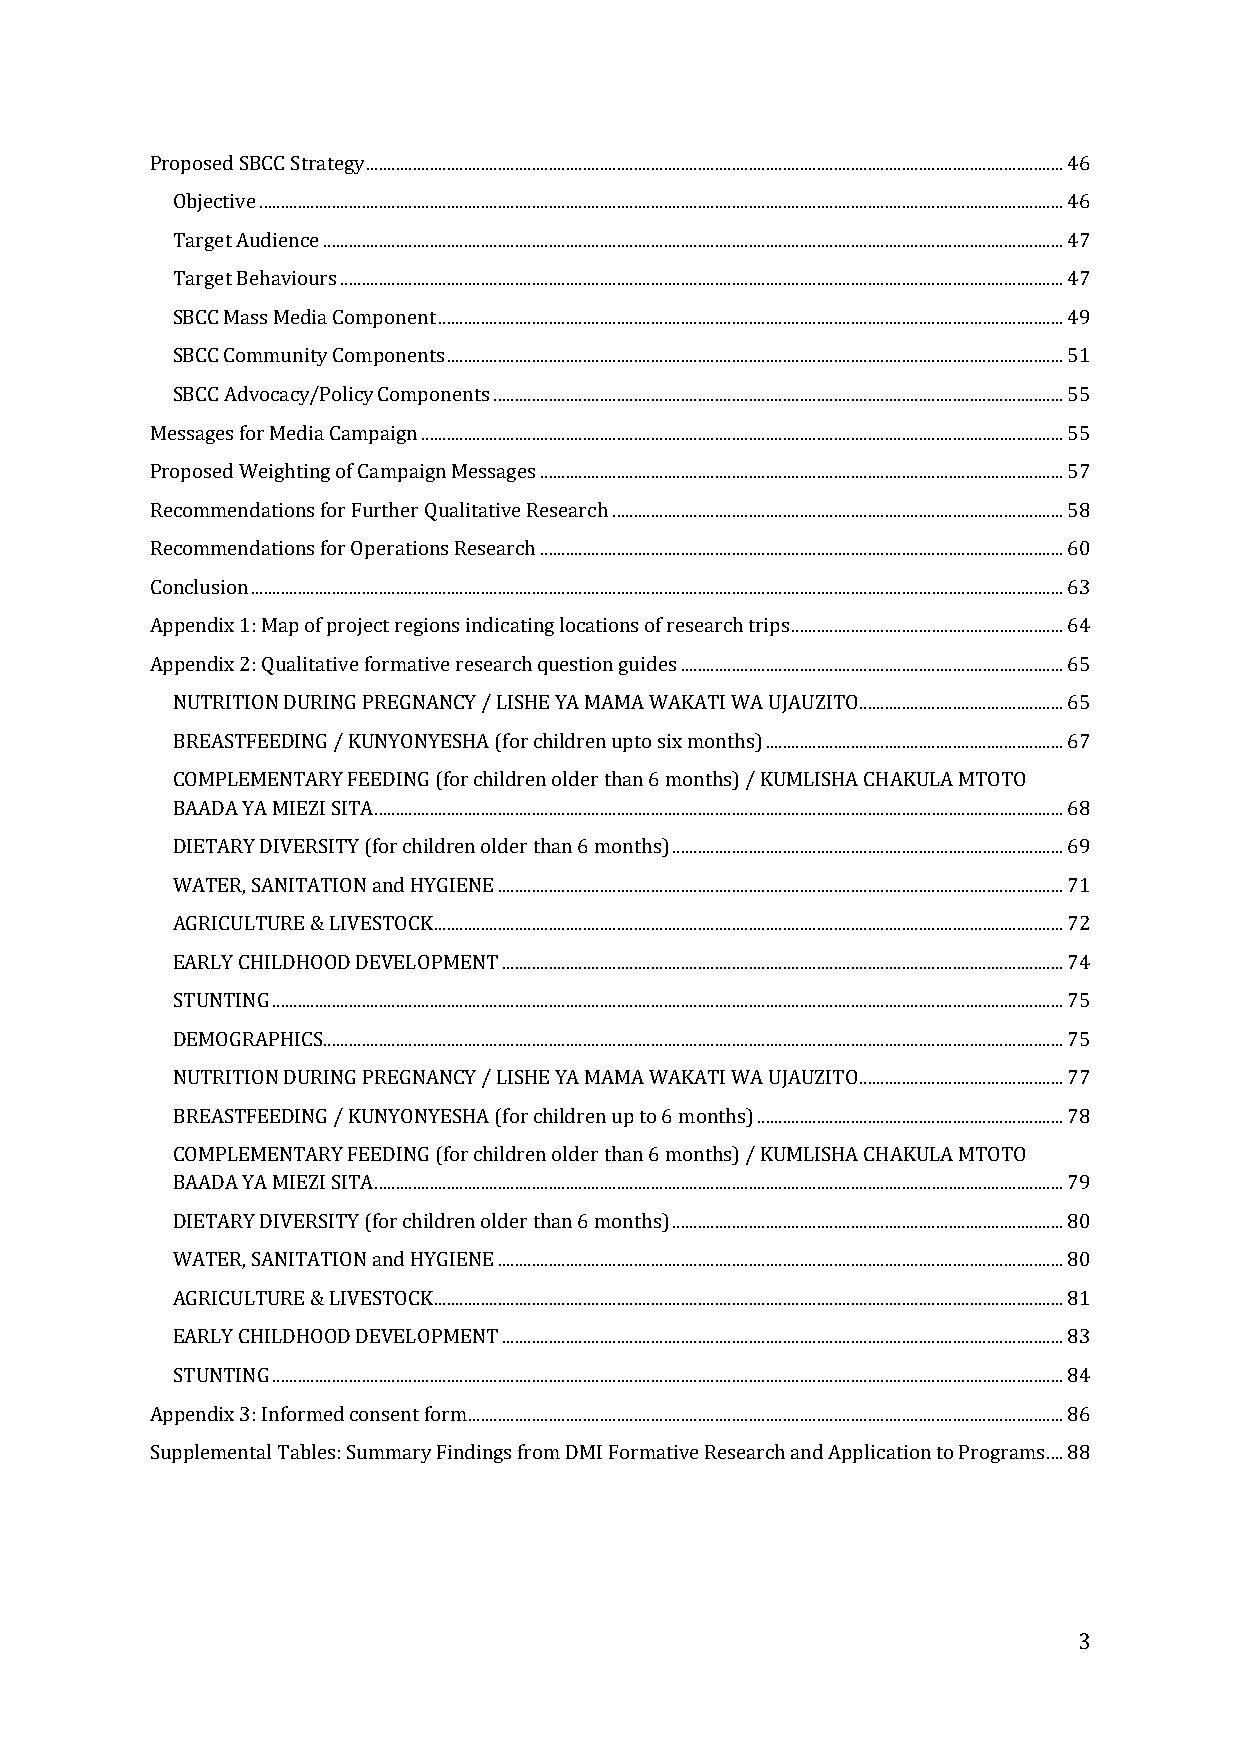
Proposed SBCC Strategy .................................................................................................................................................................... 46
 Objective ............................................................................................................................................................................................. 46
 Target Audience .............................................................................................................................................................................. 47
 Target Behaviours .......................................................................................................................................................................... 47
 SBCC Mass Media Component ................................................................................................................................................... 49
 SBCC Community Components ................................................................................................................................................. 51
 SBCC Advocacy/Policy Components ...................................................................................................................................... 55
 Messages for Media Campaign ....................................................................................................................................................... 55
 Proposed Weighting of Campaign Messages ........................................................................................................................... 57
 Recommendations for Further Qualitative Research .......................................................................................................... 58
 Recommendations for Operations Research ........................................................................................................................... 60
 Conclusion ............................................................................................................................................................................................... 63
 Appendix 1: Map of project regions indicating locations of research trips ................................................................ 64
 Appendix 2: Qualitative formative research question guides .......................................................................................... 65
 NUTRITION DURING PREGNANCY / LISHE YA MAMA WAKATI WA UJAUZITO................................................ 65
 BREASTFEEDING / KUNYONYESHA (for children upto six months) ...................................................................... 67
 COMPLEMENTARY FEEDING (for children older than 6 months) / KUMLISHA CHAKULA MTOTO
 BAADA YA MIEZI SITA .................................................................................................................................................................. 68
 DIETARY DIVERSITY (for children older than 6 months) ............................................................................................ 69
 WATER, SANITATION and HYGIENE ..................................................................................................................................... 71
 AGRICULTURE & LIVESTOCK .................................................................................................................................................... 72
 EARLY CHILDHOOD DEVELOPMENT .................................................................................................................................... 74
 STUNTING .......................................................................................................................................................................................... 75
 DEMOGRAPHICS.............................................................................................................................................................................. 75
 NUTRITION DURING PREGNANCY / LISHE YA MAMA WAKATI WA UJAUZITO................................................ 77
 BREASTFEEDING / KUNYONYESHA (for children up to 6 months) ........................................................................ 78
 COMPLEMENTARY FEEDING (for children older than 6 months) / KUMLISHA CHAKULA MTOTO
 BAADA YA MIEZI SITA .................................................................................................................................................................. 79
 DIETARY DIVERSITY (for children older than 6 months) ............................................................................................ 80
 WATER, SANITATION and HYGIENE ..................................................................................................................................... 80
 AGRICULTURE & LIVESTOCK .................................................................................................................................................... 81
 EARLY CHILDHOOD DEVELOPMENT .................................................................................................................................... 83
 STUNTING .......................................................................................................................................................................................... 84
 Appendix 3: Informed consent form ............................................................................................................................................ 86
 Supplemental Tables: Summary Findings from DMI Formative Research and Application to Programs .... 88
 3